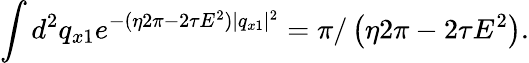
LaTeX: \int d^{2}q_{x1}e^{-(\eta 2\pi-2\tau E^{2})|q_{x1}|^{2}}=\pi/\left(\eta 2\pi-2\tau E^{2}\right).